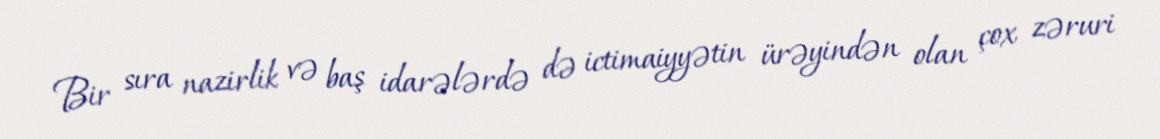
Bir sıra nazirlik və baş idarələrdə də ictimaiyyətin ürəyindən olan çox zəruri